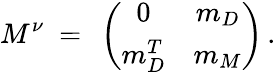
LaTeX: M^{\nu}\ =\ \left(\begin{array}{cc}{{0}}&{{m_{D}}}\\ {{m_{D}^{T}}}&{{m_{M}}}\end{array}\right)\, .